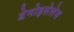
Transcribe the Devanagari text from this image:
डेमोइसेलेस